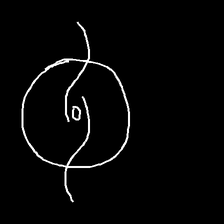
Glyph: repetition